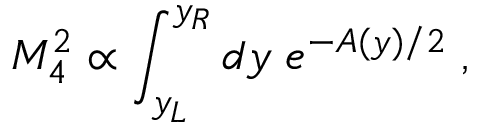
M _ { 4 } ^ { 2 } \propto \int _ { y _ { L } } ^ { y _ { R } } d y \; e ^ { - A ( y ) / 2 } \; ,